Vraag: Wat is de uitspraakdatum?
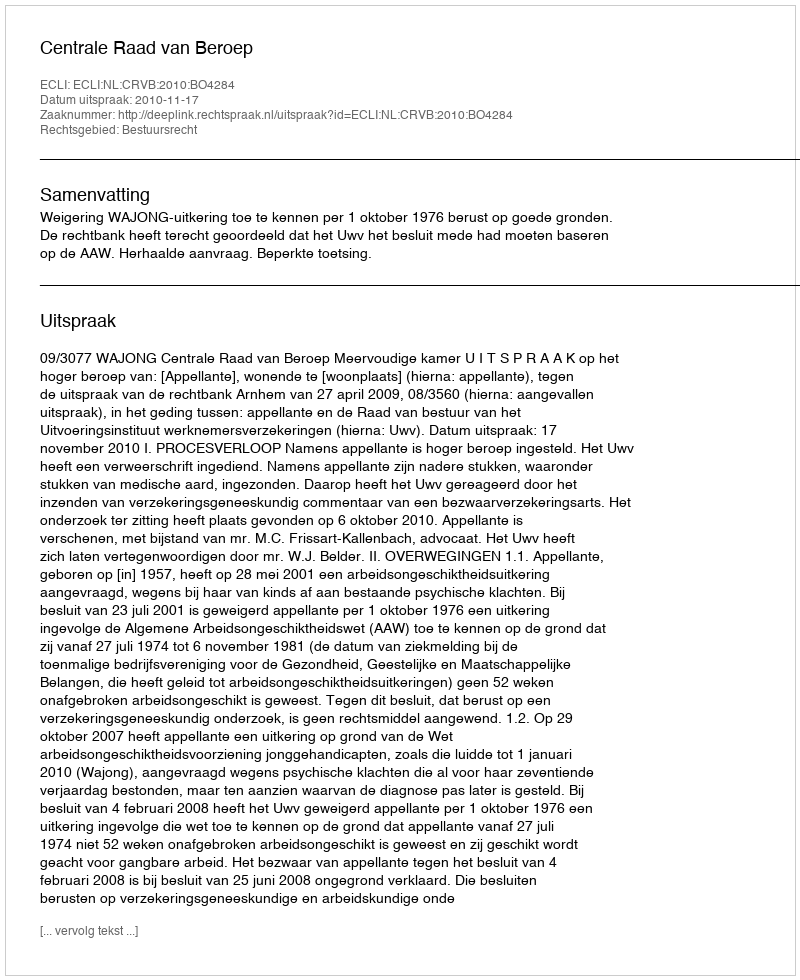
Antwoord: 2010-11-17